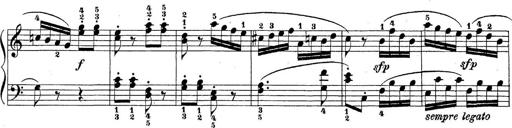
Title: Sonatina Album
Composer: Louis KÃ¶hler